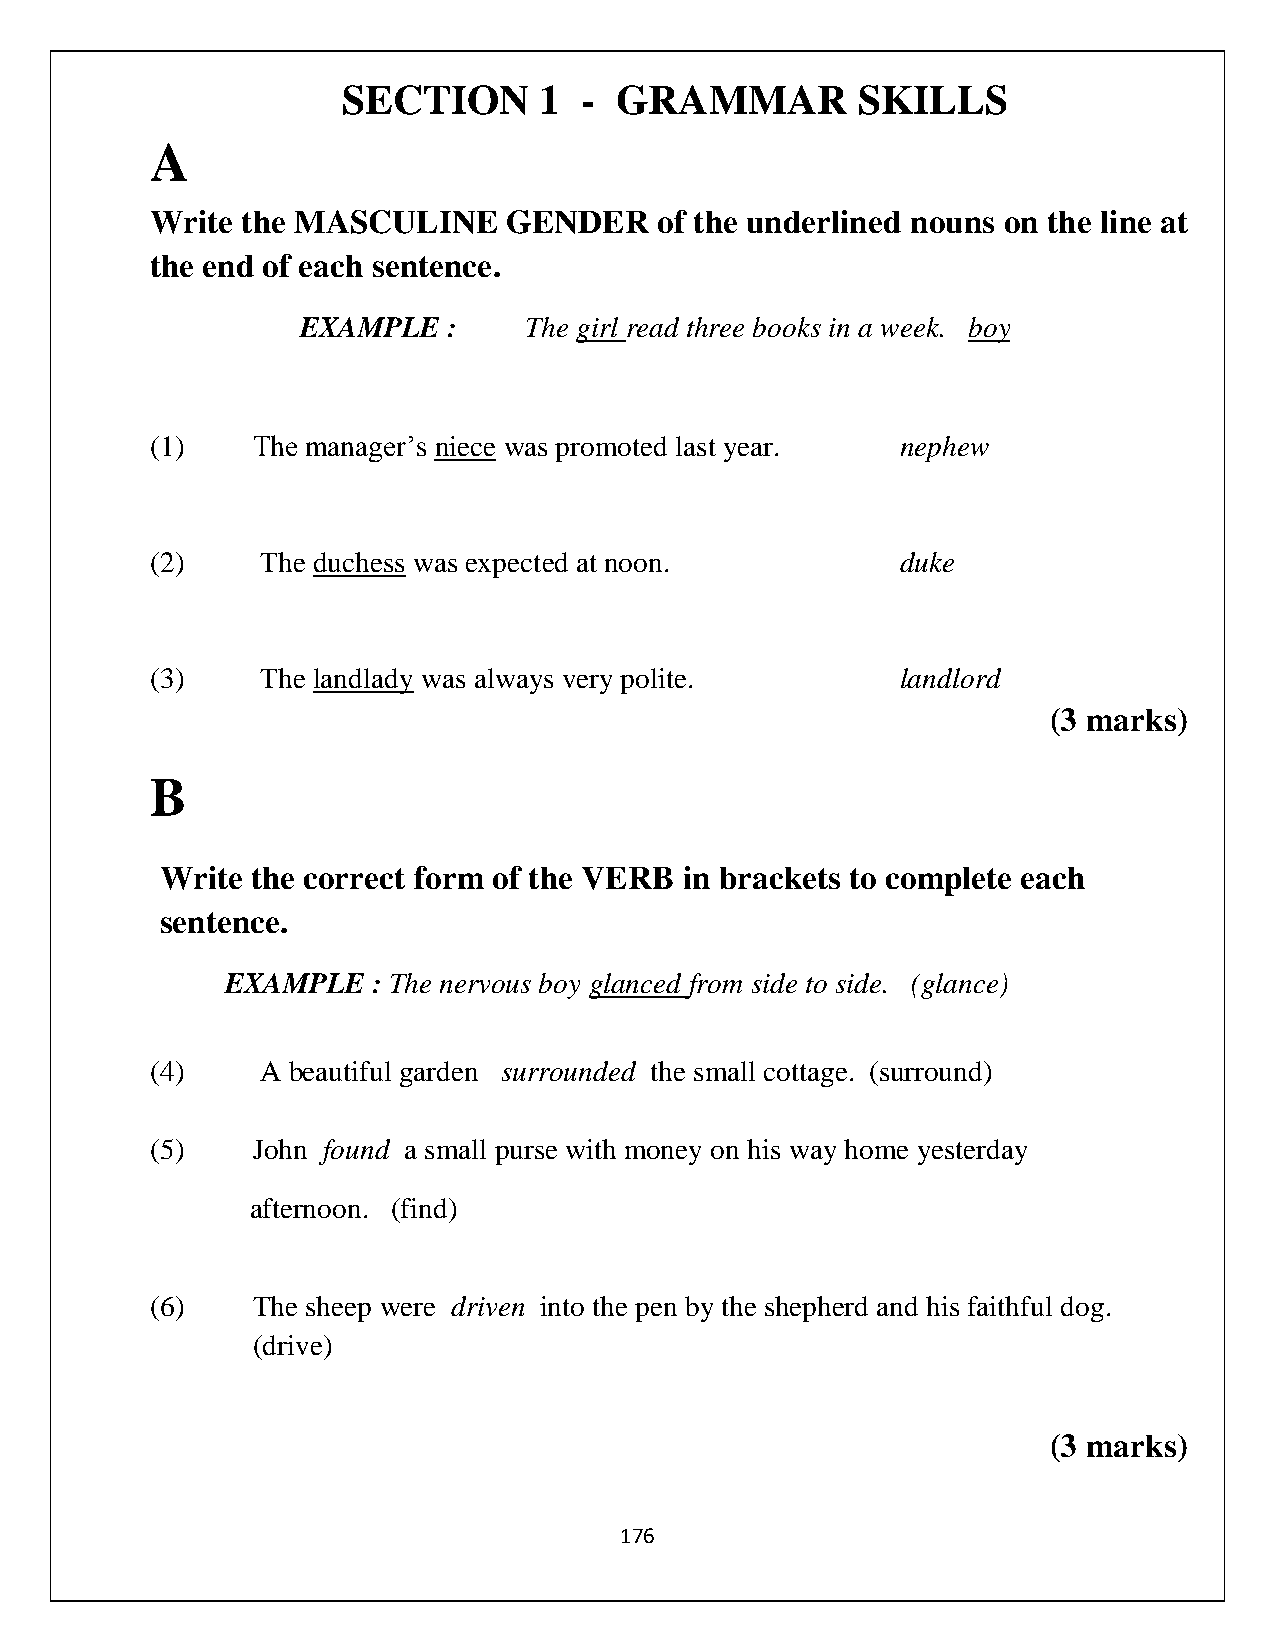
SECTION      1 -  GRAMMAR         SKILLS
 A
 Write the MASCULINE     GENDER    of the underlined nouns on the line at
 the end of each sentence.
 EXAMPLE   :    The girl read three books in a week. boy
 (1)    The manager’s niece was promoted last year. nephew
 (2)    The duchess was expected at noon.          duke
 (3)    The landlady was always very polite.       landlord
 (3 marks)
 B
 Write the correct form of the VERB in brackets to complete each
 sentence.
 EXAMPLE   : The nervous boy glanced from side to side. (glance)
 (4)    A beautiful garden surrounded the small cottage. (surround)
 (5)    John found a small purse with money on his way home yesterday
 afternoon. (find)
 (6)    The sheep were driven into the pen by the shepherd and his faithful dog.
 (drive)
 (3 marks)
 176